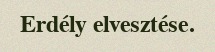
Erdély elvesztése.